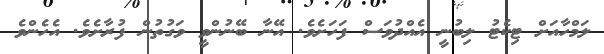
ލަމްހާއަށް ޓިކެޓު ލިބުނީ އެއްދުވަސް ފަހަށެވެ. އޭނާ ބޭނުންވީ ވަގުތުން ފުރާށެވެ. އެހެންވެ